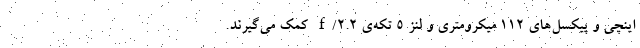
اینچی و پیکسل‌های ۱۱۲ میکرومتری و لنز ۵ تکه‌ی f/2.2 کمک می‌گیرند.